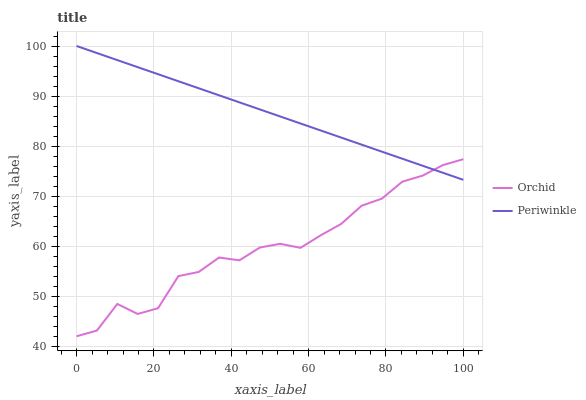
| xaxis_label | Orchid | Periwinkle |
 | --- | --- | --- |
 | 0 | 42 | 100 |
 | 5.26 | 43.1 | 98.6 |
 | 10.5 | 48.5 | 97.2 |
 | 15.8 | 46.5 | 95.8 |
 | 21.1 | 47.6 | 94.4 |
 | 26.3 | 54 | 93 |
 | 31.6 | 54.9 | 91.6 |
 | 36.8 | 57.7 | 90.1 |
 | 42.1 | 57.2 | 88.7 |
 | 47.4 | 59.7 | 87.3 |
 | 52.6 | 60.5 | 85.9 |
 | 57.9 | 59.7 | 84.5 |
 | 63.2 | 62.2 | 83.1 |
 | 68.4 | 64.4 | 81.7 |
 | 73.7 | 68.1 | 80.3 |
 | 78.9 | 69.5 | 78.9 |
 | 84.2 | 72.9 | 77.5 |
 | 89.5 | 74.1 | 76.1 |
 | 94.7 | 76.2 | 74.7 |
 | 100 | 77.4 | 73.3 |